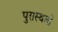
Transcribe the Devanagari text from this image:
पुरास्थलों